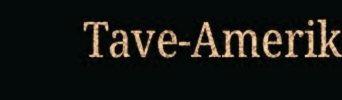
Tave-Amerik